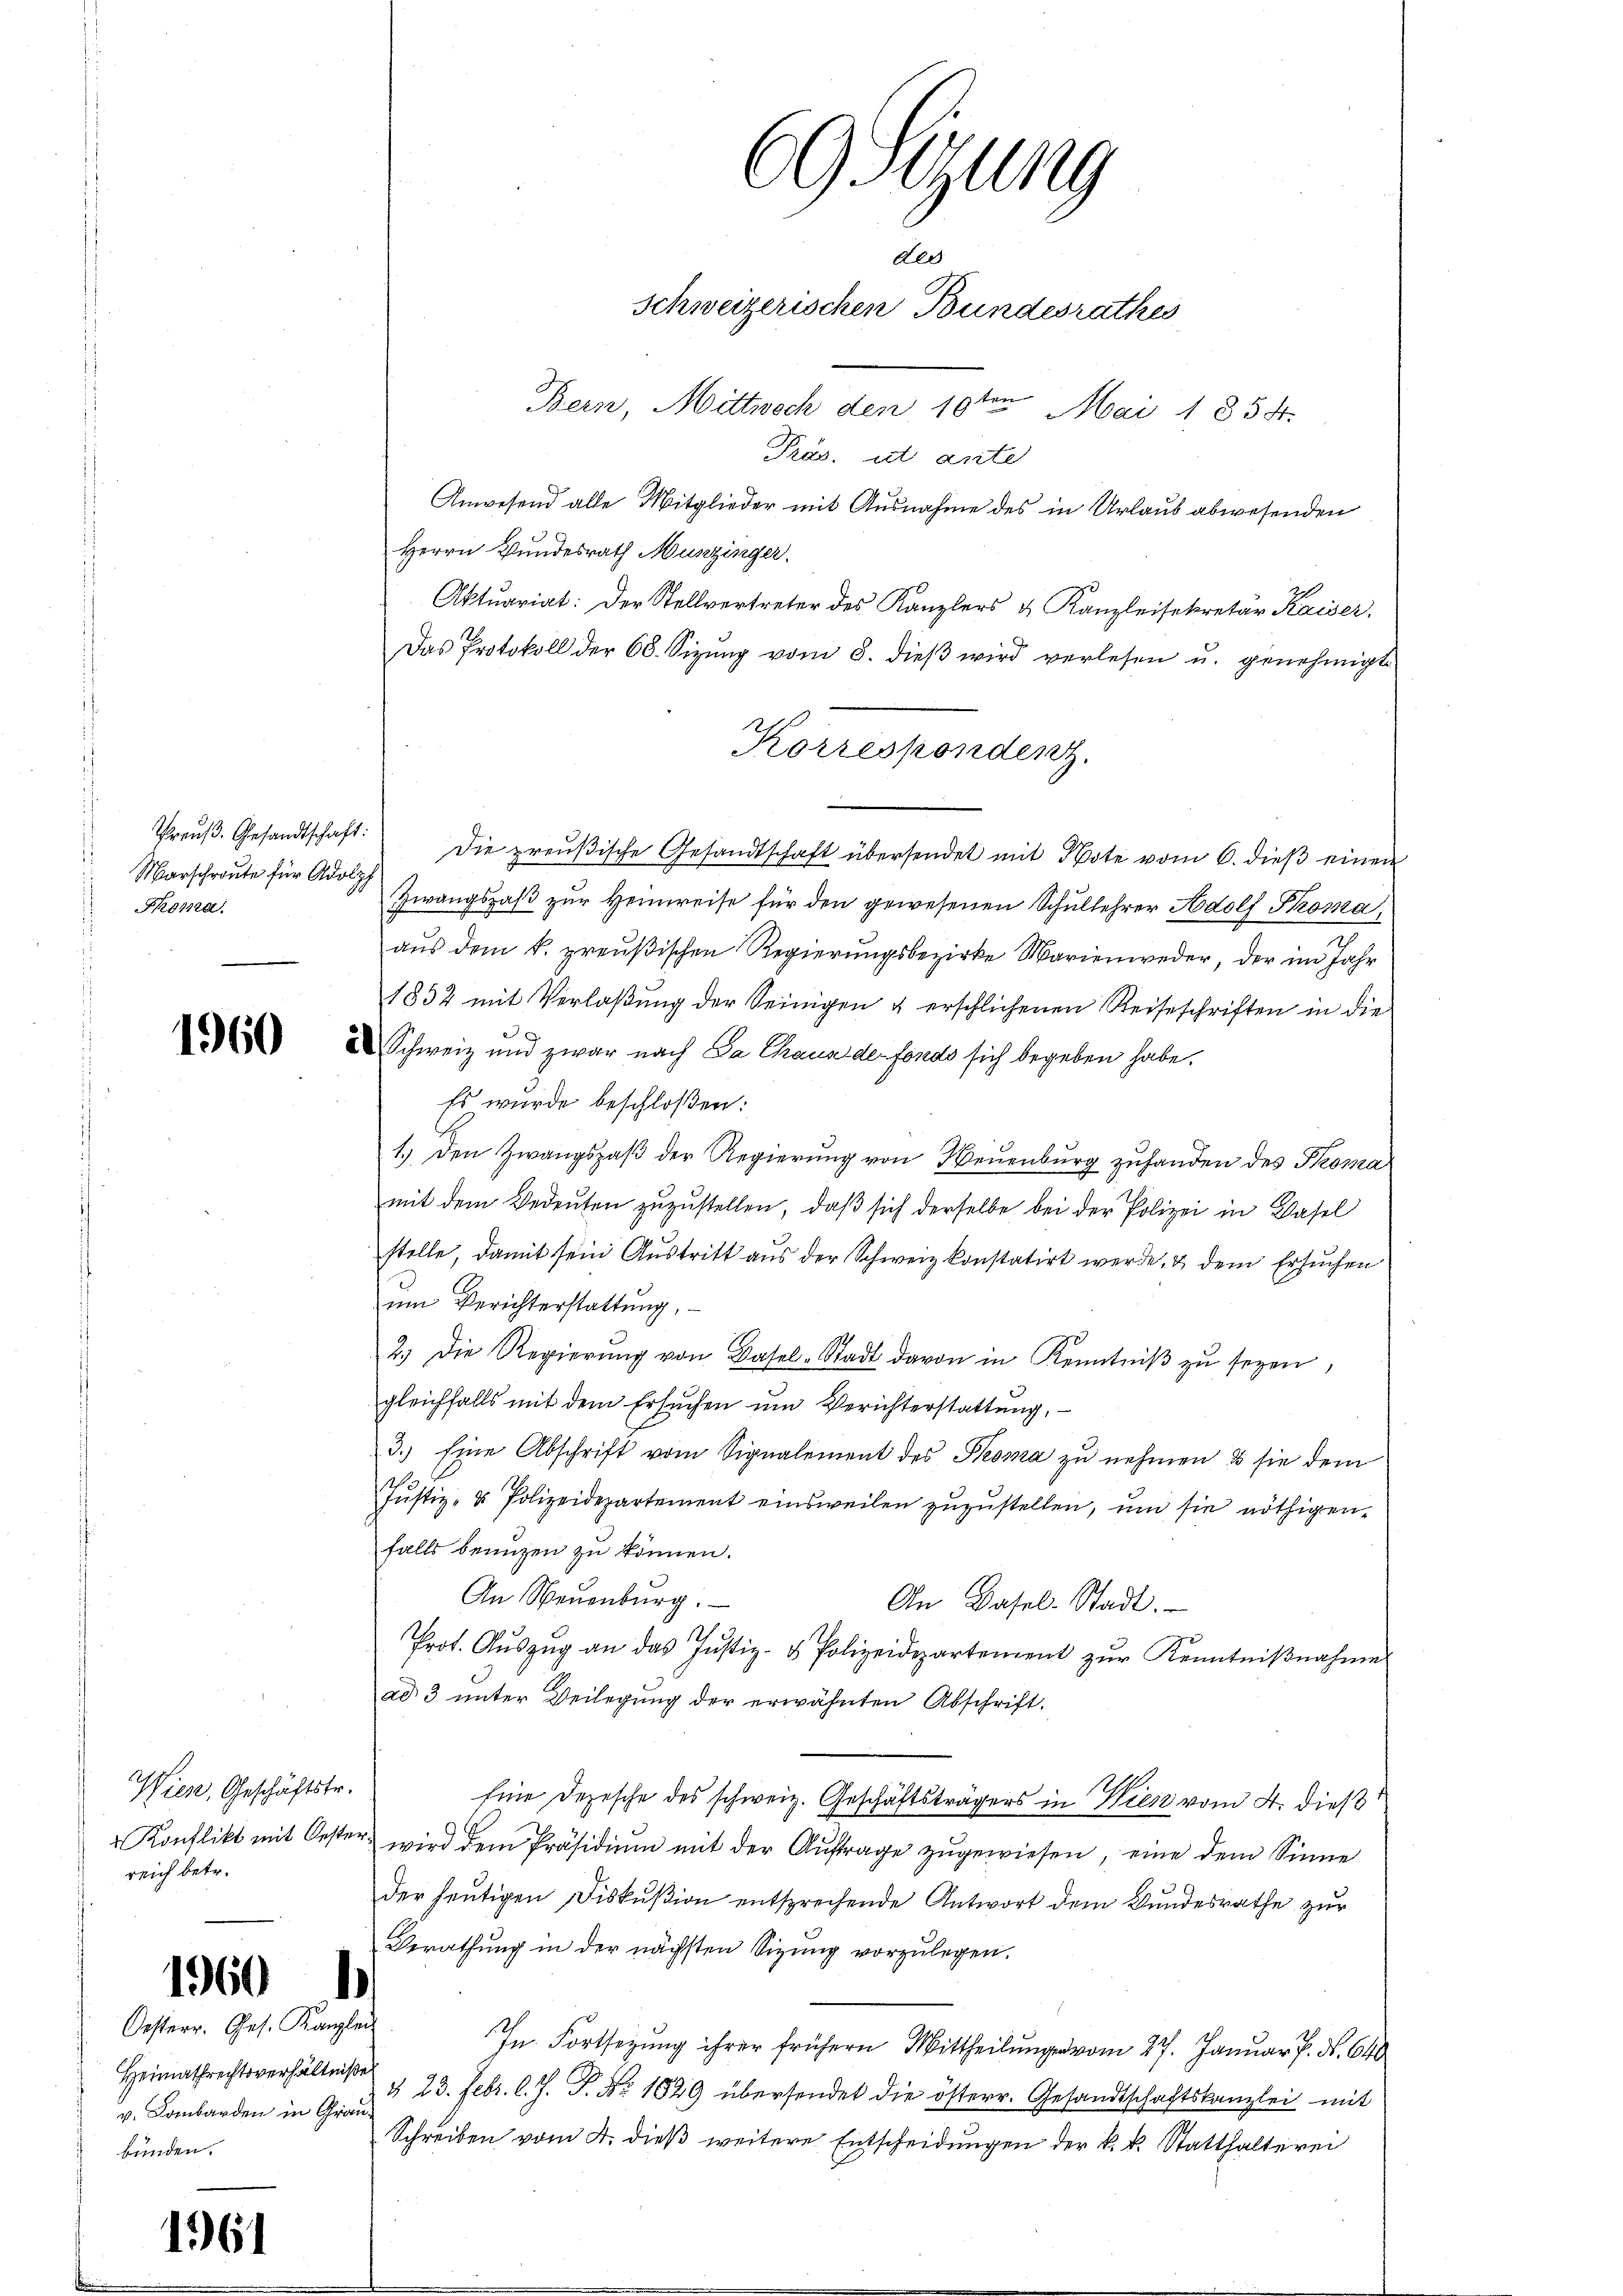
Marschroute für Adolph
Foma

1960

1960

1961

Wien, Geschäftstr.
reich betr.

Oesterr. Ges. Kanzlei
Heimathrechtsverhältniße
v. Lombarden in Graubünden.

Bern, Mittwoch den 10te͇n Mai 1858.
Präs. ist ante
Anwesend alle Mitglieder mit Ausnahme des in Urlaub abwesenden
Herrn Bundesrath Munzinger.
Aktuariat: Der Stellvertreter des Kanzlers & Kanzleisekretär Kaiser,
Das Protokoll der 60. Sizŭng vom 8. dieβ wird verlesen u. genehmigt
Preŭβ. Gesandtschaft. Die preŭβische Gesandtschaft übersendet mit Note vom 6. dieβ einen
Zwangsgaβ zŭr Heinweise für den gewesenen Schullehrer Adolf Proma
aŭs dem k. preußischen Regierŭngsbezirke Marienweder, der im Jahr
1832 mit Verlaßung der Seinigen & erschlichenen Reiseschriften in die
Schweiz und zwar nach Da Chaus der fonds sich begeben habe.
Es wurde beschloßen:
1.) Den Zwangspaβ der Regierŭng von Neuenburg zŭ handen des Thoma
mit dem Bedeŭten zŭzŭstellen, daβ sich derselbe bei der Polizei in Basel
stelle, damit sein Austritt aus der Schweiz konstatirt werde, & dem Ersuchen
um Berichterstattung,
2.) Die Regierŭng von Basel-Stadt davon in Kenntniβ zŭ seyen,
gleichfalls mit dem Ersuchen um Berichterstattung,
3.) Eine Abschrift vom Signalement des Proma zu nehmen & sie dem
1
Justiz- & Polizeidepartement einsweilen zuzustellen, um sie nöthigen
falls benuzen zu können.
An Neuenburg.
An Basel-Stadt.
13
Prot. Aŭszŭg an das Justiz- & Polizeidepartement zŭr Kenntniβnahme
ad 3 unter Beilegung der erwähnten Abschrift.
Eine Depesche des schweiz. Geschäftsträgers in Wien vom 4. dieß
Konflikt mit Oester, wird dem Präsidiŭm mit der Aŭftrage zŭgewiesen, eine dem Sinne
der heutigen Fiskußion entsprechende Antwort dem Bundesrathe zur
Berathung in der nächsten Sizung vorzulegen.
1
In Fortsezung ihrer frühern Mittheilŭng vom 27. Januar P. Nr. 640
§ 23. Febr. l. J. P. Nr. 1829 übersendet die österr. Gesandtschaftskanzlei mit
Schreiben vom 4. dieß weitere Entscheidungen der k. k. Statthalterei

69Stzung
dles
Schweizerischen Bundesrathes

Korrespondenz.